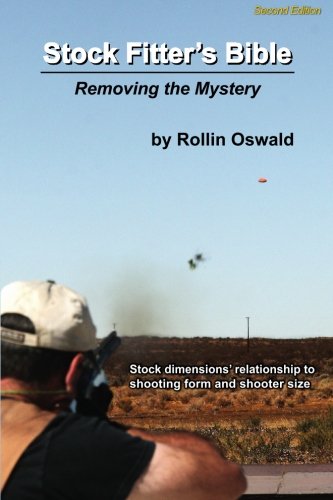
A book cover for Stock Fitter's Bible: Second Edition; Rollin Oswald; Sports & Outdoors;